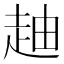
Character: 𧻉